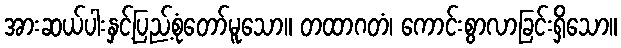
အားဆယ်ပါးနှင့်ပြည့်စုံတော်မူသော။ တထာဂတံ၊ ကောင်းစွာလာခြင်းရှိသော။